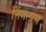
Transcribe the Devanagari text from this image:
निंगलाम